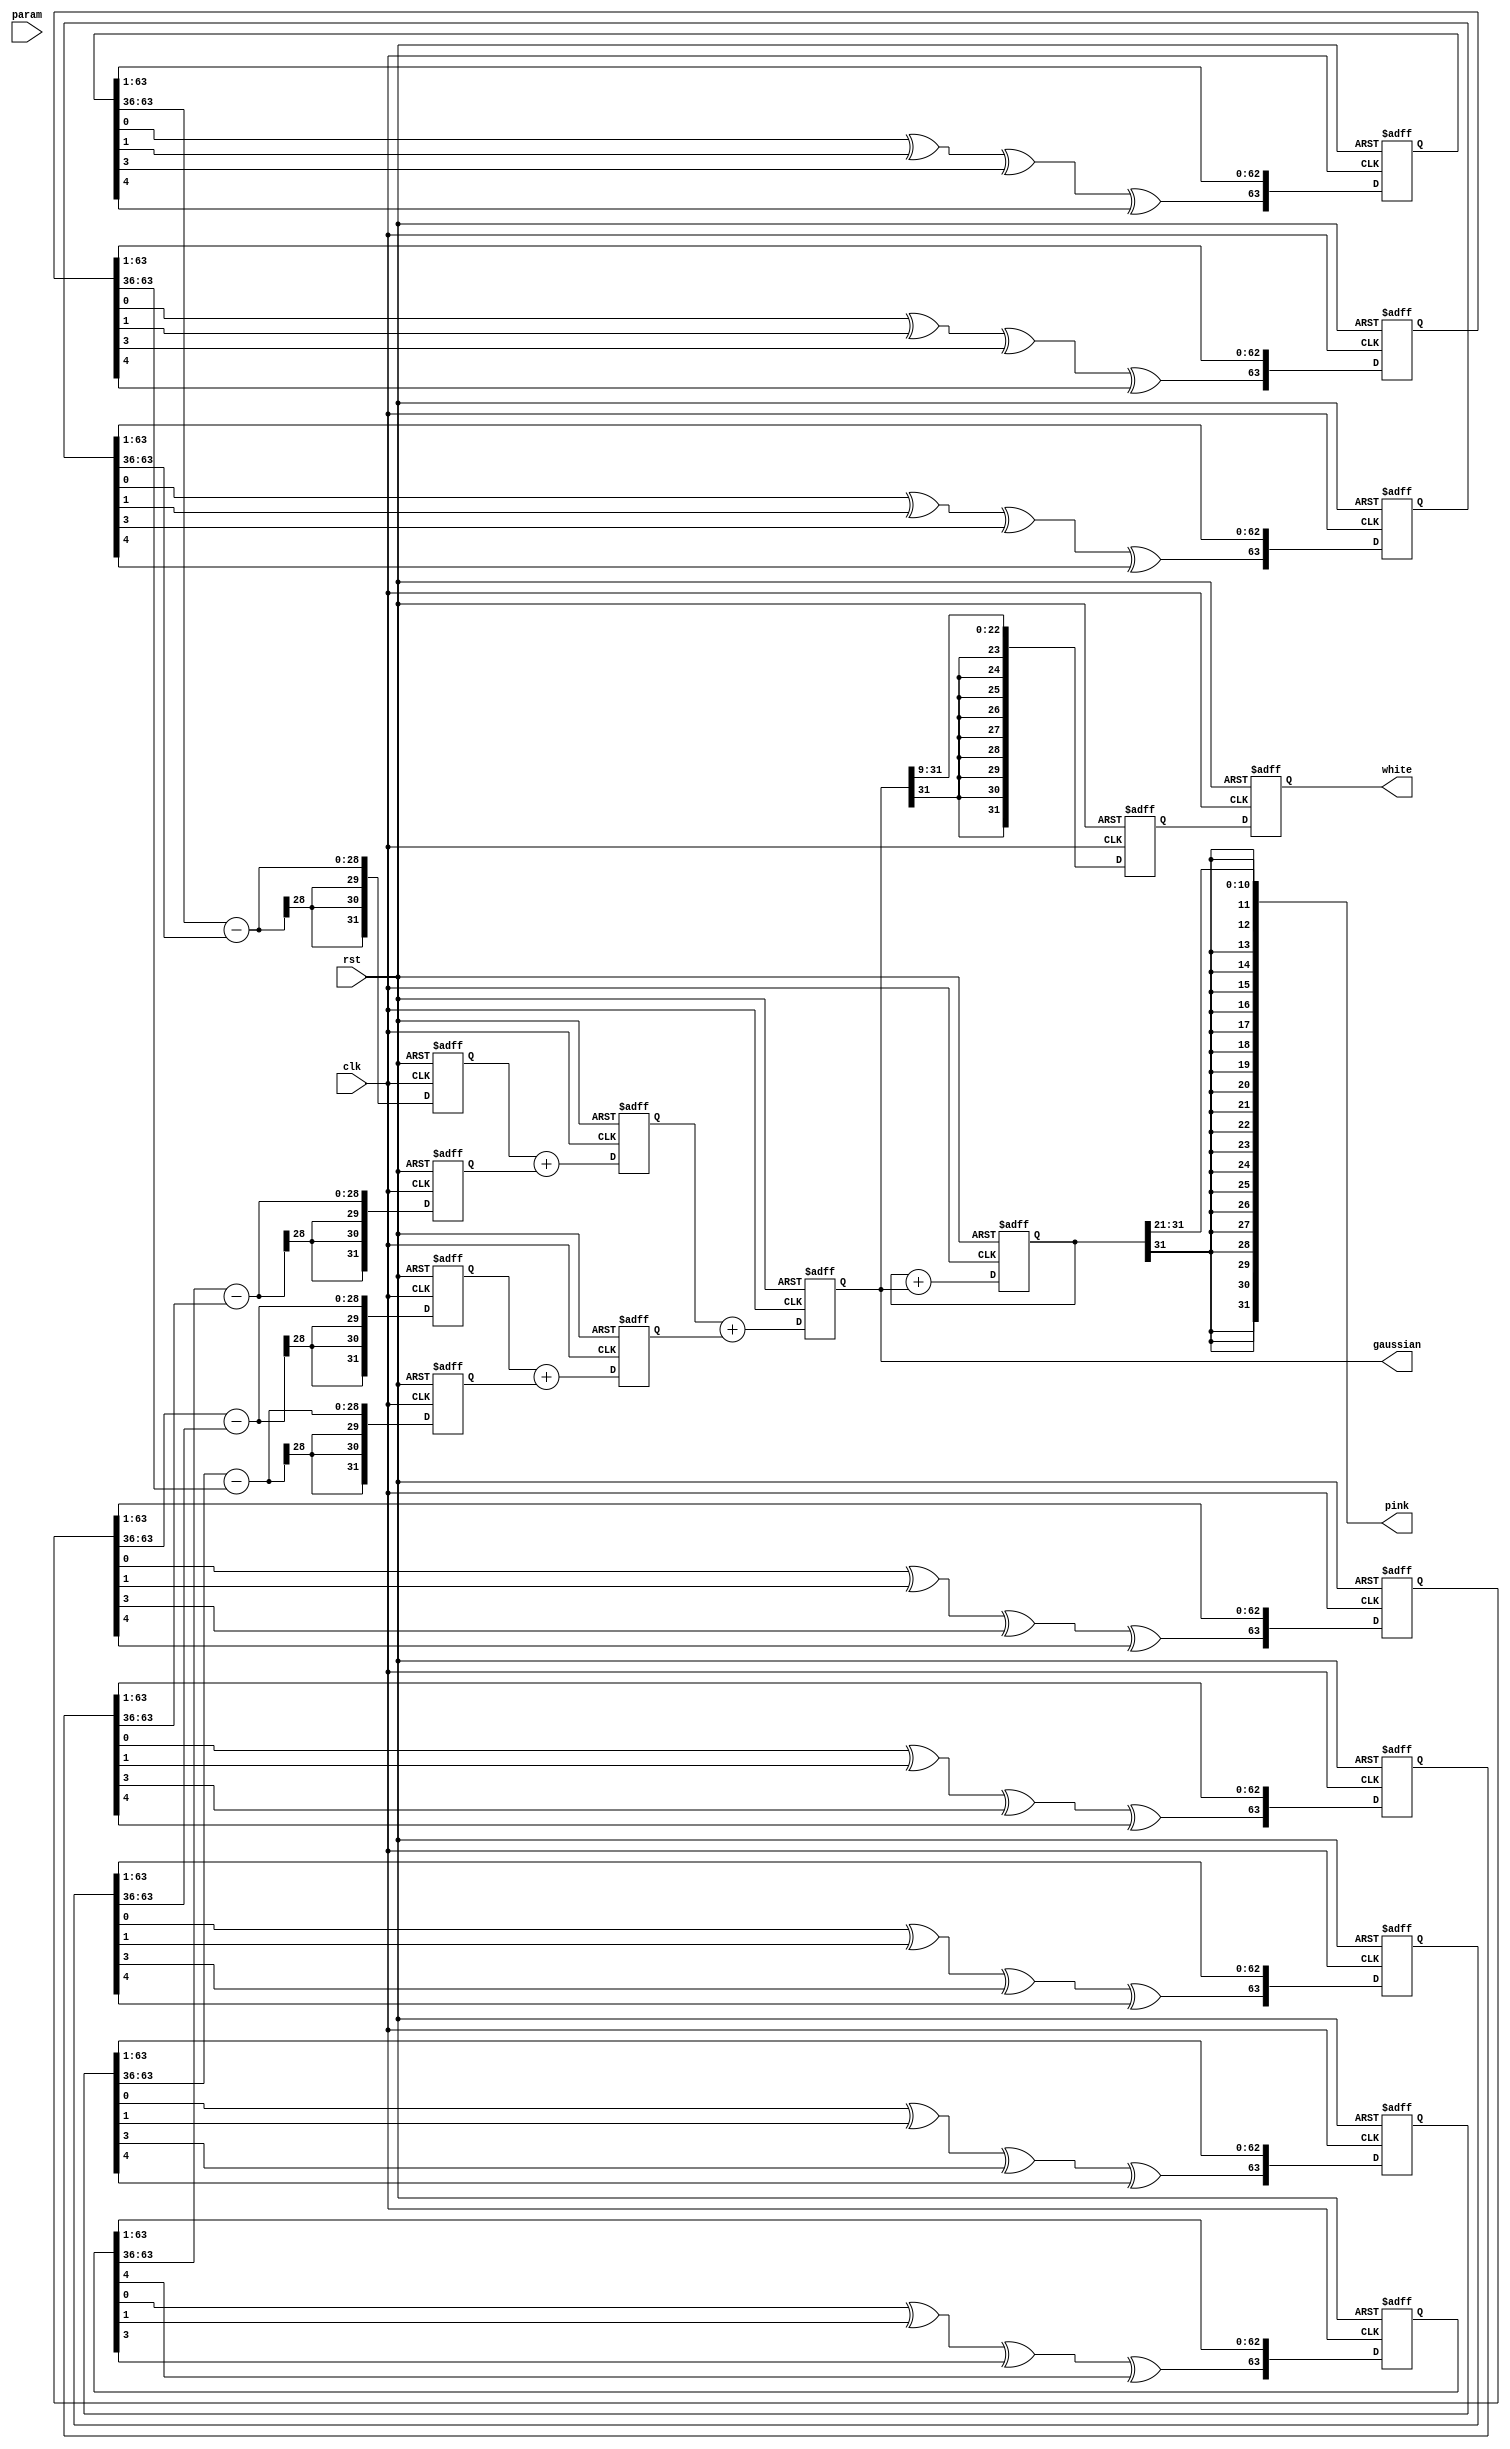
`timescale 1ns / 1ps

module NoiseGen# (parameter seed1 = 2972576512, parameter seed2 = 3690307728, parameter seed3 = 2866506470, parameter seed4 = 658915477,
parameter seed5 = 3343602858, parameter seed6 = 3831360764, parameter seed7 = 285837197, parameter seed8 = 1104636787)

(input clk, input rst, input [31:0] param, output signed [31:0] gaussian, output signed [31:0] white, output signed [31:0] pink);

// PRBS-64 Generators
reg signed [63:0] PRBS_1;
reg signed [63:0] PRBS_2;
reg signed [63:0] PRBS_3;
reg signed [63:0] PRBS_4;
reg signed [63:0] PRBS_5;
reg signed [63:0] PRBS_6;
reg signed [63:0] PRBS_7;
reg signed [63:0] PRBS_8;

always @ (posedge clk or posedge rst) begin
    if(rst) begin
        PRBS_1 <= seed1;
        PRBS_2 <= seed2;
        PRBS_3 <= seed3;
        PRBS_4 <= seed4;
        PRBS_5 <= seed5;
        PRBS_6 <= seed6;
        PRBS_7 <= seed7;
        PRBS_8 <= seed8;
    end
    else begin
        PRBS_1 <= {PRBS_1[0]^PRBS_1[1]^PRBS_1[3]^PRBS_1[4],PRBS_1[63:1]};
        PRBS_2 <= {PRBS_2[0]^PRBS_2[1]^PRBS_2[3]^PRBS_2[4],PRBS_2[63:1]};
        PRBS_3 <= {PRBS_3[0]^PRBS_3[1]^PRBS_3[3]^PRBS_3[4],PRBS_3[63:1]};
        PRBS_4 <= {PRBS_4[0]^PRBS_4[1]^PRBS_4[3]^PRBS_4[4],PRBS_4[63:1]};;
        PRBS_5 <= {PRBS_5[0]^PRBS_5[1]^PRBS_5[3]^PRBS_5[4],PRBS_5[63:1]};
        PRBS_6 <= {PRBS_6[0]^PRBS_6[1]^PRBS_6[3]^PRBS_6[4],PRBS_6[63:1]};;
        PRBS_7 <= {PRBS_7[0]^PRBS_7[1]^PRBS_7[3]^PRBS_7[4],PRBS_7[63:1]};
        PRBS_8 <= {PRBS_8[0]^PRBS_8[1]^PRBS_8[3]^PRBS_8[4],PRBS_8[63:1]};;
    end
end

reg signed [31:0] GAUSS;

//Triangular Distributions
reg signed [31:0] T1;
reg signed [31:0] T2;
reg signed [31:0] T3;
reg signed [31:0] T4;

reg signed [31:0] S1;
reg signed [31:0] S2;
assign gaussian = GAUSS;
always @ (posedge clk or posedge rst) begin
    if(rst) begin 
        GAUSS <= 32'd0;
        T1 <= 32'd0;
        T2 <= 32'd0;
        T3 <= 32'd0;
        T4 <= 32'd0;
        S1 <= 32'd0;
        S2 <= 32'd0;
    end
    else begin 
        T1 <= {3'd0,PRBS_1[63:36]} - {3'd0,PRBS_2[63:36]};
        T2 <= {3'd0,PRBS_3[63:36]} - {3'd0,PRBS_4[63:36]};  
        T3 <= {3'd0,PRBS_5[63:36]} - {3'd0,PRBS_6[63:36]};
        T4 <= {3'd0,PRBS_7[63:36]} - {3'd0,PRBS_8[63:36]};
        S1 <= T1 + T2;
        S2 <= T3 + T4;
        GAUSS <= S1 + S2;    
    end
end

reg signed [31:0] WHITE;
reg signed [31:0] GSCALED;
assign white = WHITE;

always @ (posedge clk or posedge rst) begin
    if(rst) begin
        WHITE <= 32'd0;
        GSCALED <= 32'd0;
    end
    else begin
        GSCALED <= GAUSS >>> 9;
        WHITE <= GSCALED; //manual sign extension because my codie design is poor kekek 
    end
end

reg signed [31:0] PINK;
assign pink = PINK >>> 21;

always @ (posedge clk or posedge rst) begin
    if(rst) PINK <= 0;
    else PINK <= PINK + GAUSS;
end
endmodule